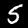
Label: 5